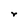
Character: r